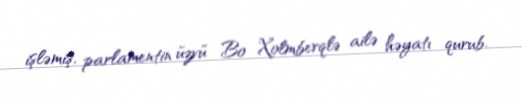
işləmiş, parlamentin üzvü Bo Xolmberqlə ailə həyatı qurub.